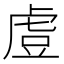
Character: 𧆲